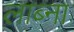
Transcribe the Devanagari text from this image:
लाब्ना